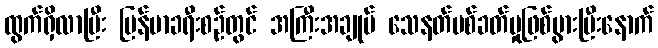
ထွက်ရှိလာပြီး မြန်မာခရီးစဉ်တွင် အကြီးအချုပ် သေနတ်ပစ်ခတ်မှုဖြစ်ပွားပြီးနောက်